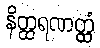
နိတ္ထရဏတ္ထံ